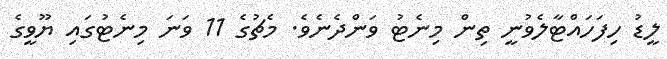
ލީޑު ހިފަހަައްޓާލެވުނީ ތިން މިނެޓު ވަންދެނެވެ. މެޗުގެ 11 ވަނަ މިނެޓުގައި ޔޫވީގެ